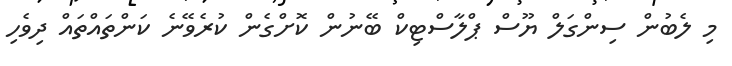
މި ލެބުން ސިންގަލް ޔޫސް ޕްލާސްޓިކް ބޭނުން ކޮށްގެން ކުރެވޭނެ ކަންތައްތައް ދިވެހި